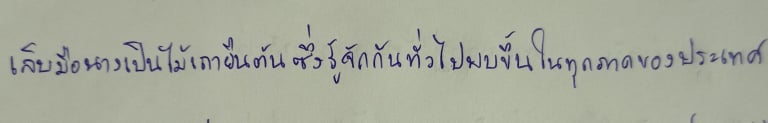
เล็บมือนางเป็นไม้เถายืนต้นซึ่งรู้จักกันทั่วไปพบขึ้นในทุกภาคของประเทศ